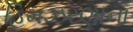
હિમઝરણાના